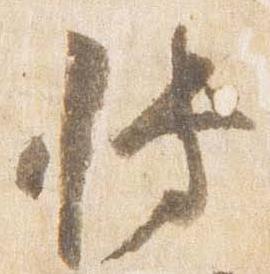
博